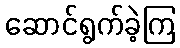
ဆောင်ရွက်ခဲ့ကြ